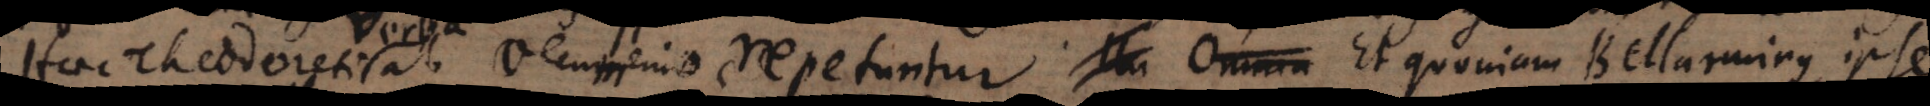
Haec Theodoreti ab Oecumenio repetuntur. Et quoniam Bellarminus ipse